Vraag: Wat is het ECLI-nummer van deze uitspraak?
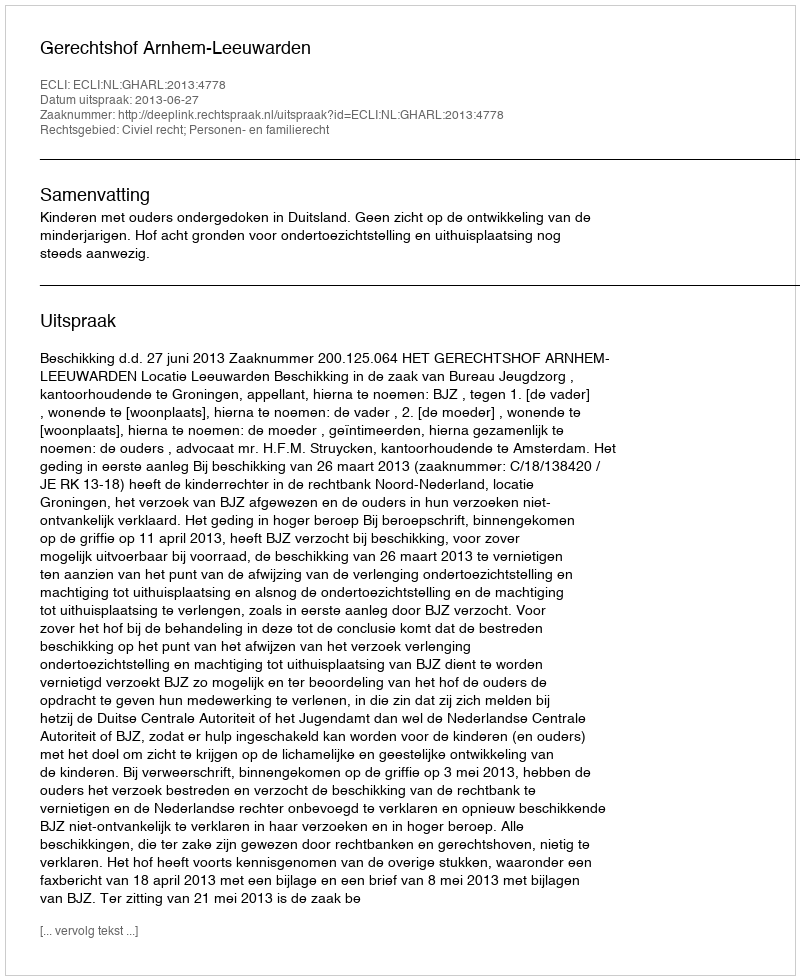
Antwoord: ECLI:NL:GHARL:2013:4778